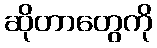
ဆိုတာတွေကို